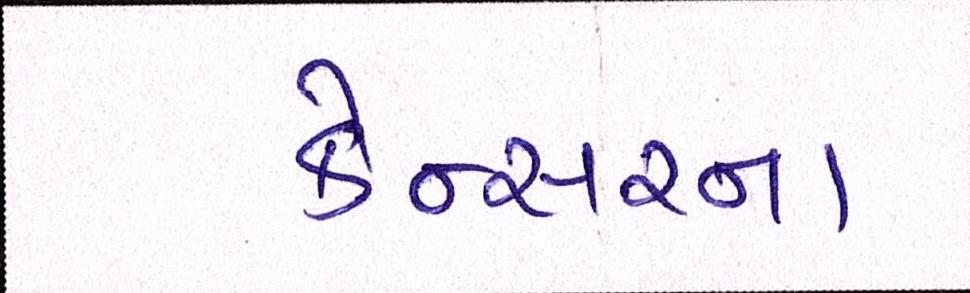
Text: કેન્સરના